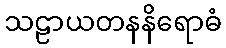
သဠာယတနနိရောဓံ